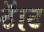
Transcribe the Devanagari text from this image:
ठॅाट